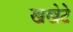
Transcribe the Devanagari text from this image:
खखेटे